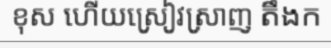
ខុស ហើយស្រៀវស្រាញ តឹងក